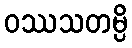
ဝဿသတမ္ပိ